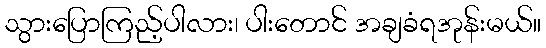
သွားပြောကြည့်ပါလား၊ ပါးတောင် အချခံရအုန်းမယ်။